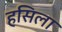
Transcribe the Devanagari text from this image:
हसिला